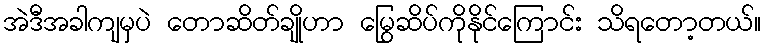
အဲဒီအခါကျမှပဲ တောဆိတ်ချိုဟာ မြွေဆိပ်ကိုနိုင်ကြောင်း သိရတော့တယ်။